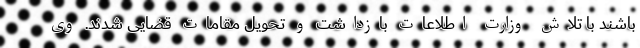
باشند با تلاش وزارت اطلاعات بازداشت و تحویل مقامات قضایی شدند. وی